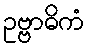
ဥဗ္ဗာဓိကံ